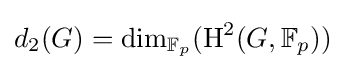
d_{2}(G)=\mathrm {dim} _{\mathbb {F} _{p}}(\mathrm {H} ^{2}(G,\mathbb {F} _{p}))